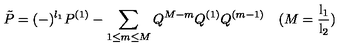
\tilde { P } = ( - ) ^ { l _ { 1 } } P ^ { ( 1 ) } - \sum _ { 1 \leq m \leq M } Q ^ { M - m } Q ^ { ( 1 ) } Q ^ { ( m - 1 ) } \quad ( M = \mathrm { \frac { l _ { 1 } } { l _ { 2 } } } )